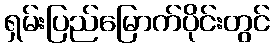
ရှမ်းပြည်မြောက်ပိုင်းတွင်